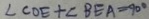
\angle C O E + \angle B E A = 9 0 ^ { \circ }